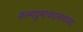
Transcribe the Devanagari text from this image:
कल्पद्रुमावदानमाला